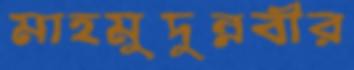
মাহমুদুন্নবীর